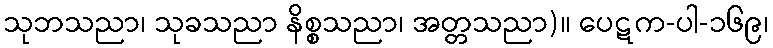
သုဘသညာ၊ သုခသညာ နိစ္စသညာ၊ အတ္တသညာ)။ ပေဋက-ပါ-၁၆၉၊